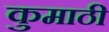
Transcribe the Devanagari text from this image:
कुमाठी